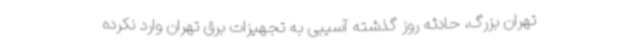
تهران بزرگ، حادثه روز گذشته آسیبی به تجهیزات برق تهران وارد نکرده